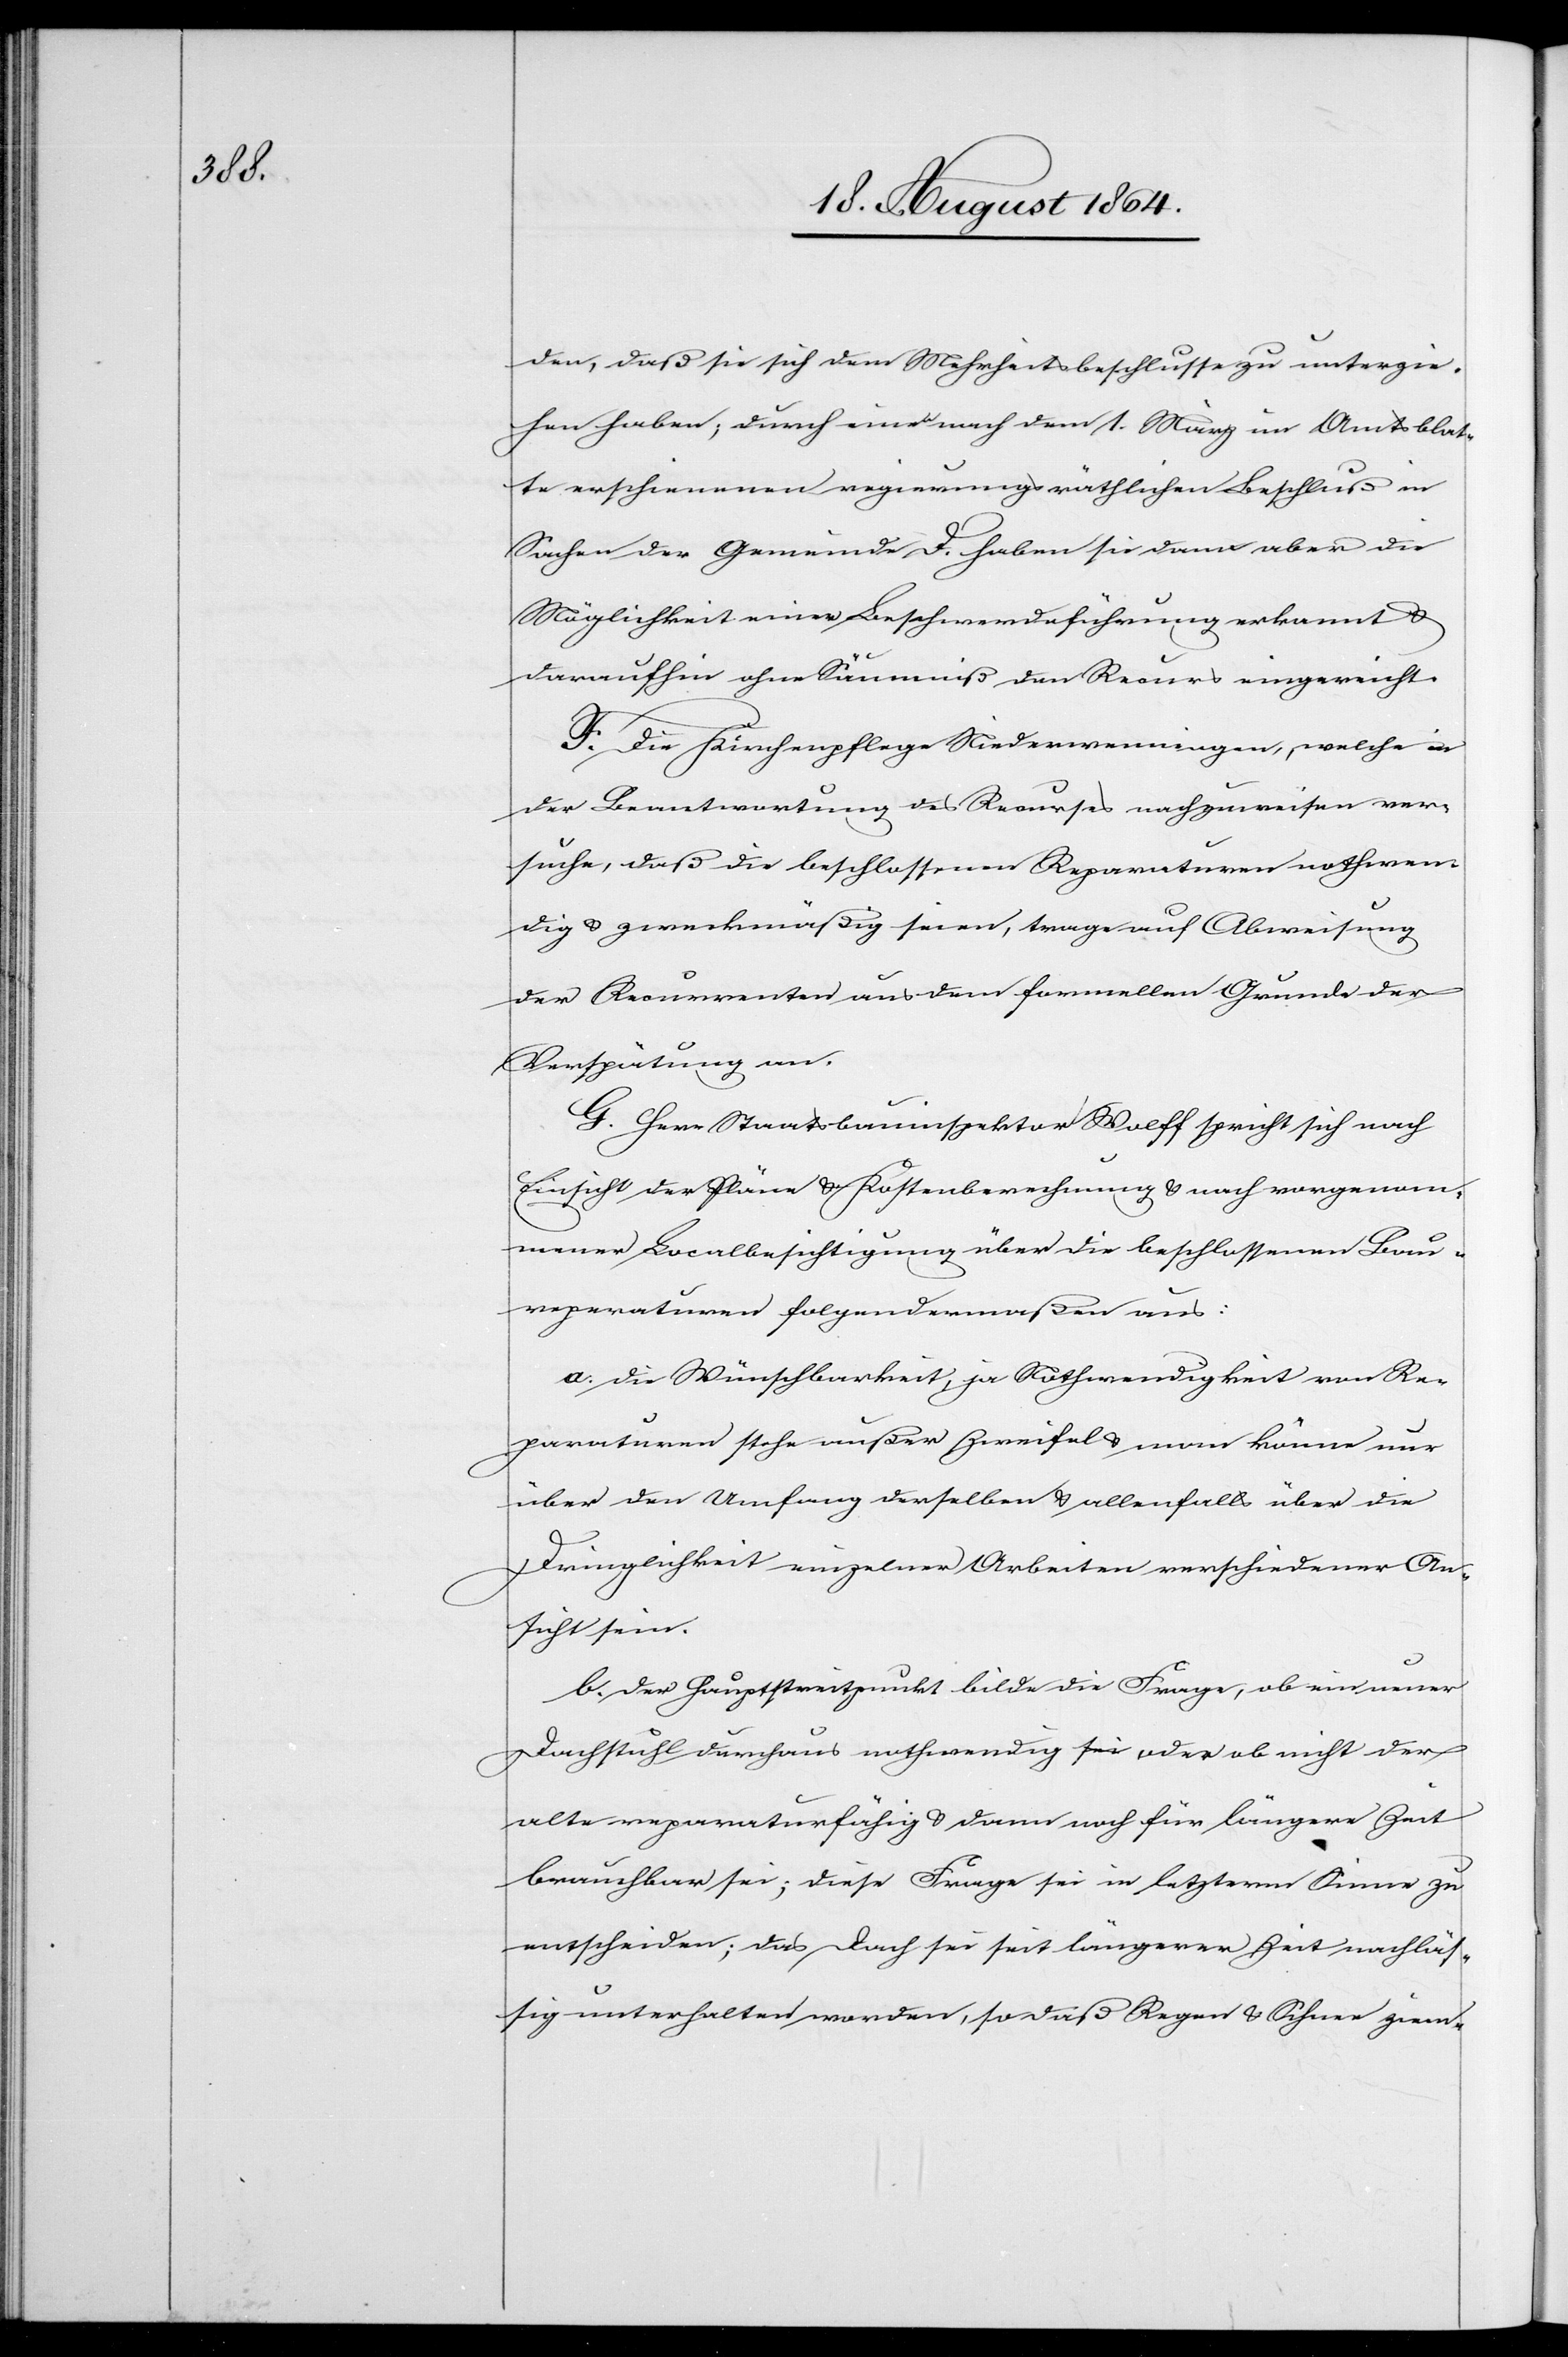
den, daß sie sich dem Mehrheitsbeschlusse zu unterzie¬
hen haben; durch einen nach dem 1. März im Amtsblat¬
te erschienenen regierungsräthlichen Beschluß in
Sachen der Gemeinde D. haben sie dann aber die
Möglichkeit einer Beschwerdeführung erkannt &
daraufhin ohne Säumniß den Recurs eingereicht.
F. Die Kirchenpflege Niederwenningen, welche in
der Beantwortung des Recurses nachzuweisen ver¬
suche, daß die beschlossenen Reparaturen nothwen¬
dig & zweckmäßig seien, trage auf Abweisung
der Recurrenten aus dem formellen Grunde der
Verspätung an.
G. Herr Staatsbauinspektor Wolff spricht sich nach
Einsicht der Pläne & Kostenberechnung & nach vorgenom¬
mener Lokalbesichtigung über die beschlossenen Bau¬
reparaturen folgendermaßen aus:
a. die Wünschbarkeit, ja Nothwendigkeit von Re¬
paraturen stehe außer Zweifel & man könne nur
über den Umfang der selben & allenfalls über die
Dringlichkeit einzelner Arbeiten verschiedener An¬
sicht sein.
b. der Hauptstreitpunkt bilde die Frage, ob ein neuer
Dachstuhl durchaus nothwendig sei oder ob nicht der
alte reparaturfähig & dann noch für längere Zeit
brauchbar sei; diese Frage sei in letzterm Sinne zu
entscheiden; das Dach sei seit längerer Zeit nachläs¬
sig unterhalten worden, so daß Regen & Schnee ziem-